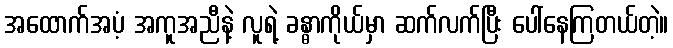
အထောက်အပံ့ အကူအညီနဲ့ လူရဲ့ ခန္ဓာကိုယ်မှာ ဆက်လက်ပြီး ပေါ်နေကြတယ်တဲ့။